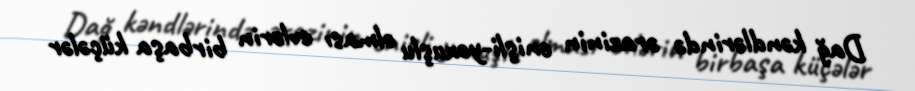
Dağ kəndlərində ərazinin enişli-yoxuşlu olması evlərin birbaşa küçələr